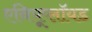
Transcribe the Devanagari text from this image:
एनियूप्लॉयड